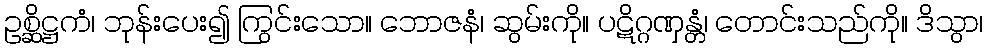
ဥစ္ဆိဋ္ဌကံ၊ ဘုန်းပေး၍ ကြွင်းသော။ ဘောဇနံ၊ ဆွမ်းကို။ ပဋိဂ္ဂဏှန္တံ၊ တောင်းသည်ကို။ ဒိသွာ၊